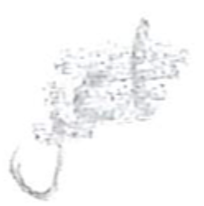
Text: jet
Cross-out: scratch
Writing tool: pencil